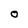
Character: O